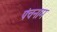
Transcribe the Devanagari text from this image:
पंचनाम